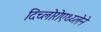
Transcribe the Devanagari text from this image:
दिच्लोरोएथ्य्लेने